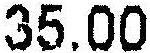
35.00